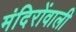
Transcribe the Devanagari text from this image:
मंदिरोंवाली